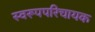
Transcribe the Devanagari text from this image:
स्वरूपपरिचायक